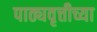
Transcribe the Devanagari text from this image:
पाठ्यवृत्तीच्या